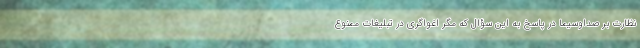
نظارت بر صداوسیما در پاسخ به این سؤال که مگر اغواگری در تبلیغات ممنوع